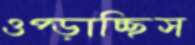
ওপ্‌ড়াচ্ছিস